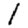
Digit: 1